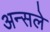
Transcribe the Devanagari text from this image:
अन्सले